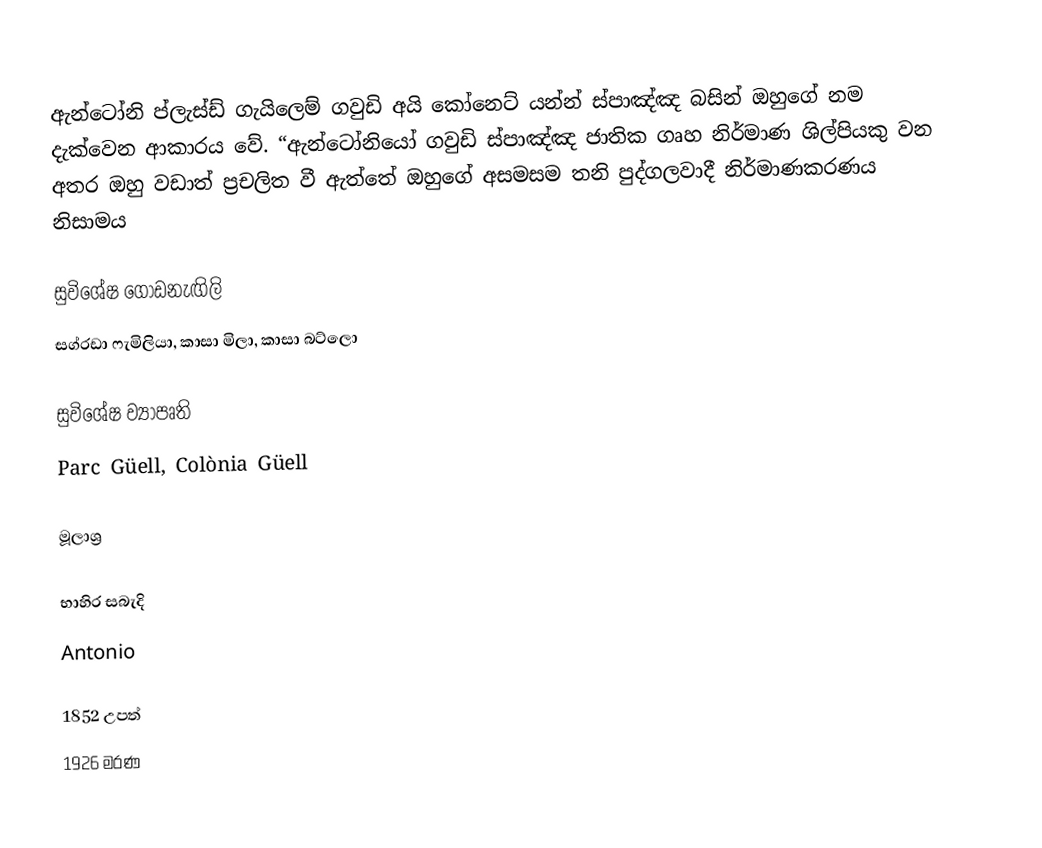
ඇන්ටෝනි ප්ලැස්ඩ් ගැයිලෙම් ගවුඩි අයි කෝනෙට් යන්න් ස්පාඤ්ඤ බසින් ඔහුගේ නම දැක්වෙන ආකාරය වේ. “ඇන්ටෝනියෝ ගවුඩි ස්පාඤ්ඤ ජාතික ගෘහ නිර්මාණ ශිල්පි‍යකු වන අතර ඔහු වඩාත් ප්‍රචලිත වී ඇත්තේ ඔහුගේ අසමසම තනි පුද්ගලවාදී නිර්මාණකරණය නිසාමය

සුවිශේෂ ගොඩනැඟිලි
සග්රඩා ෆැමිලියා, කාසා මිලා, කාසා බට්ලො

සුවිශේෂ ව්‍යාපෘති
Parc Güell, Colònia Güell

මූලාශ්‍ර

භාහිර සබැදි
Antonio

1852 උපත්
1926 මරණ